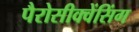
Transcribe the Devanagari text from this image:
पैरोसीक्वेंसिंग